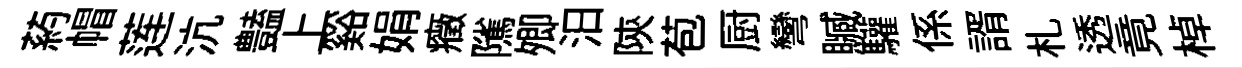
葯帽莲沆𧰟上谿娟癥隲𡖖汨陝苞厨彎贓驩係諝札透竟棹